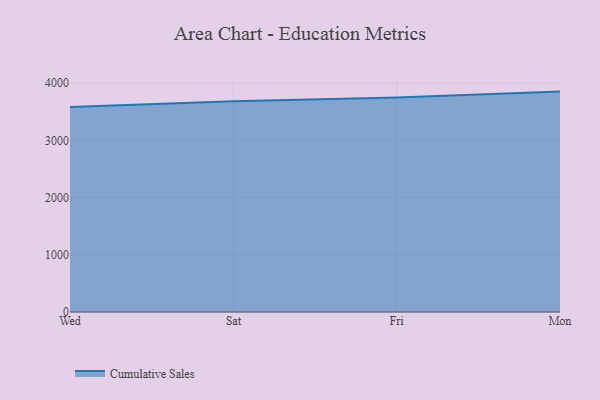
{"axis": {"x": "Day", "y": "Market Share (%)"}, "legend": ["Cumulative Sales"], "data": [{"x": "Wed", "y": 3581.5, "type": "Cumulative Sales"}, {"x": "Sat", "y": 3685.9, "type": "Cumulative Sales"}, {"x": "Fri", "y": 3750.5, "type": "Cumulative Sales"}, {"x": "Mon", "y": 3852.5, "type": "Cumulative Sales"}]}